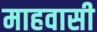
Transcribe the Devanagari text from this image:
माहवासी